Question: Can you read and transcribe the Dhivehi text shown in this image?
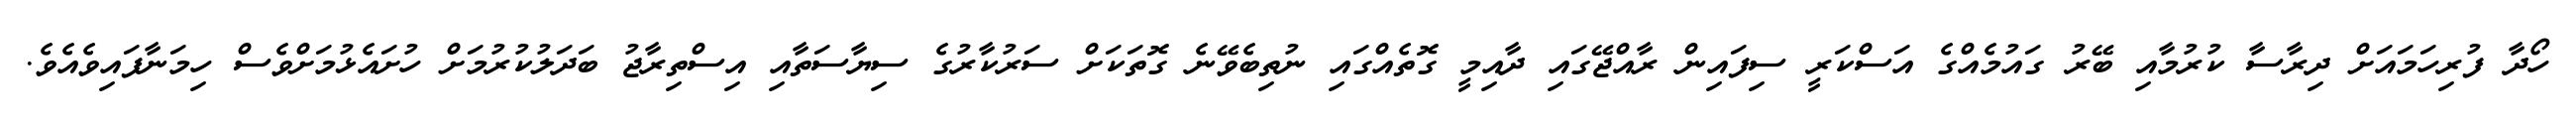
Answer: ހޯދާ ފުރިހަމައަށް ދިރާސާ ކުރުމާއި ބޭރު ގައުމެއްގެ އަސްކަރީ ސިފައިން ރާއްޖޭގައި ދާއިމީ ގޮތެއްގައި ނުތިބެވޭނެ ގޮތަކަށް ސަރުކާރުގެ ސިޔާސަތާއި އިސްތިރާޖު ބަދަލުކުރުމަށް ހުށައެޅުމަށްވެސް ހިމަނާފައިވެއެވެ.